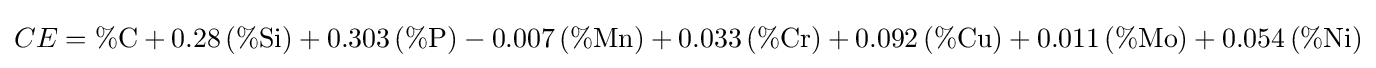
CE=\%{\text{C}}+0.28\left(\%{\text{Si}}\right)+0.303\left(\%{\text{P}}\right)-0.007\left(\%{\text{Mn}}\right)+0.033\left(\%{\text{Cr}}\right)+0.092\left(\%{\text{Cu}}\right)+0.011\left(\%{\text{Mo}}\right)+0.054\left(\%{\text{Ni}}\right)